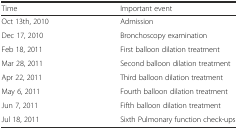
<table><thead><tr><td><b>Time</b></td><td><b>Important event</b></td></tr></thead><tbody><tr><td>Oct 13th, 2010</td><td>Admission</td></tr><tr><td>Dec 17, 2010</td><td>Bronchoscopy examination</td></tr><tr><td>Feb 18, 2011</td><td>First balloon dilation treatment</td></tr><tr><td>Mar 28, 2011</td><td>Second balloon dilation treatment</td></tr><tr><td>Apr 22, 2011</td><td>Third balloon dilation treatment</td></tr><tr><td>May 6, 2011</td><td>Fourth balloon dilation treatment</td></tr><tr><td>Jun 7, 2011</td><td>Fifth balloon dilation treatment</td></tr><tr><td>Jul 18, 2011</td><td>Sixth Pulmonary function check-ups</td></tr></tbody></table>